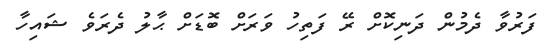
ފަރުވާ ދެމުން ދަނިކޮށް ރޭ ފަތިހު ވަރަށް ބޮޑަށް ޙާލު ދެރަވެ ޝައިހާ